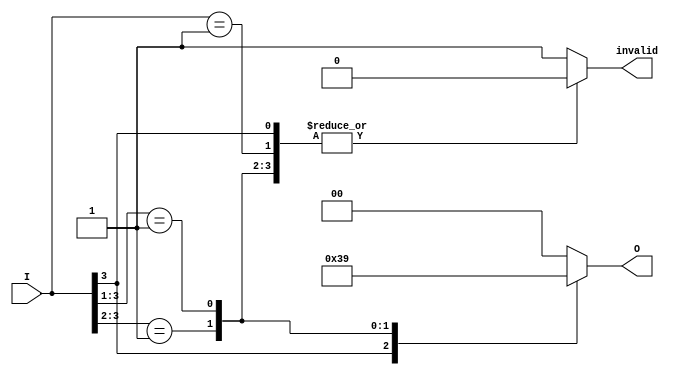
module multilevel_encoder (
    input  wire [3:0] I,  // 4 input lines
    output reg  [1:0] O,  // 2 output lines
    output reg  invalid    // Invalid input signal
);

    always @(*) begin
        // Default values
        O = 2'b00; // Default output
        invalid = 1'b1; // Assume invalid by default

        // Priority encoding for inputs
        casez (I)
            4'b1???: begin // I3 has highest priority
                O = 2'b11; 
                invalid = 1'b0; // Valid input
            end
            4'b01??: begin // I2 has next higher priority
                O = 2'b10; 
                invalid = 1'b0; // Valid input
            end
            4'b001?: begin // I1 has lower priority
                O = 2'b01; 
                invalid = 1'b0; // Valid input
            end
            4'b0001: begin // I0 has lowest priority
                O = 2'b00; 
                invalid = 1'b0; // Valid input
            end
            default: begin // All inputs are low
                O = 2'b00; // Default output can be defined as needed
                invalid = 1'b1; // Invalid input
            end
        endcase
    end

endmodule